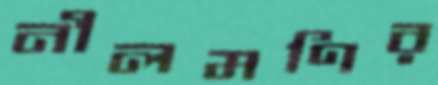
নীলমণির